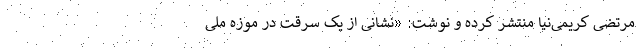
مرتضی کریمی‌نیا منتشر کرده و نوشت: «نشانی از یک سرقت در موزه ملی